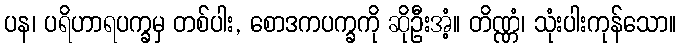
ပန၊ ပရိဟာရပက္ခမှ တစ်ပါး, စောဒကပက္ခကို ဆိုဦးအံ့။ တိဏ္ဏံ၊ သုံးပါးကုန်သော။